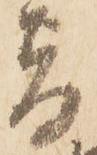
旨